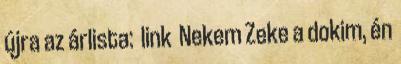
újra az árlista: link Nekem Zeke a dokim, én